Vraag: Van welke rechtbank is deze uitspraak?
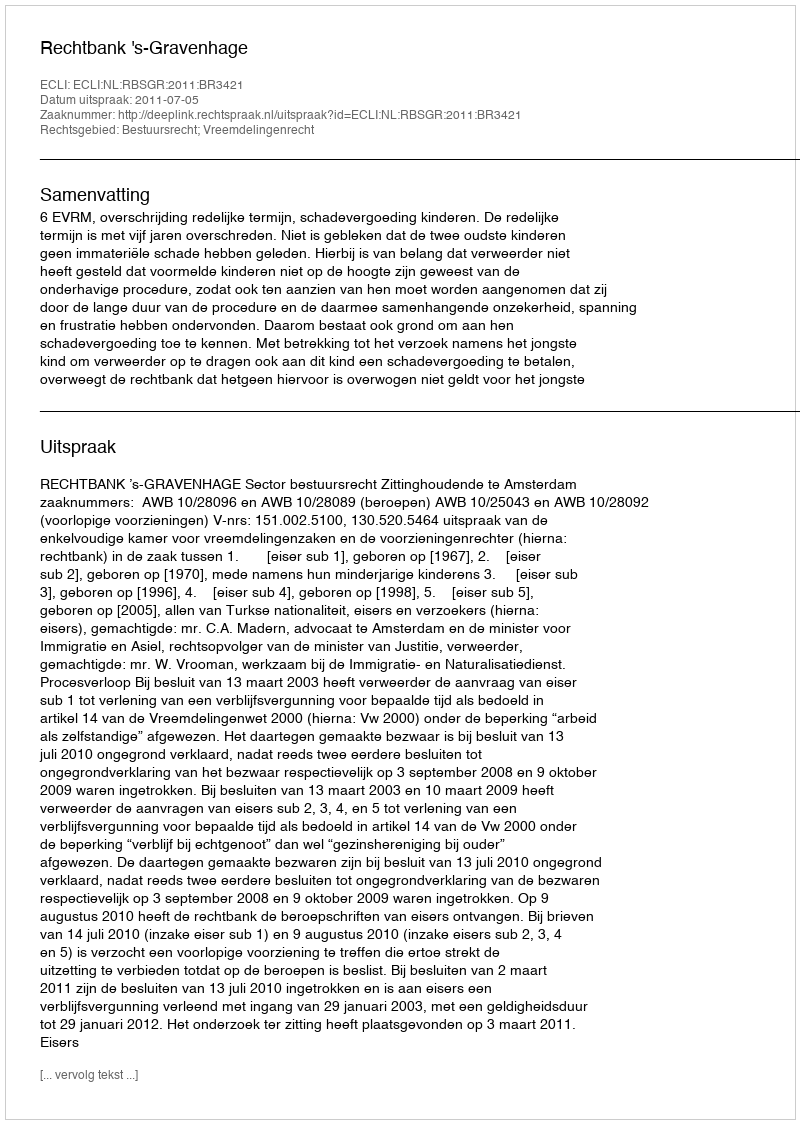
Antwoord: Rechtbank 's-Gravenhage